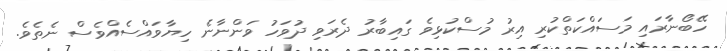
ހޭބޯނާރައި މަސައްކަތްކުރި އިރު މުސްކުޅިވެ ގައިބާރު ދެރަވި ދުވަހު ވަންނާނެ ހިޔާވައްސެއްވެސް ނެތެވެ.